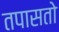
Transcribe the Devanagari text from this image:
तपासतो